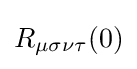
R_{\mu \sigma \nu \tau }(0)